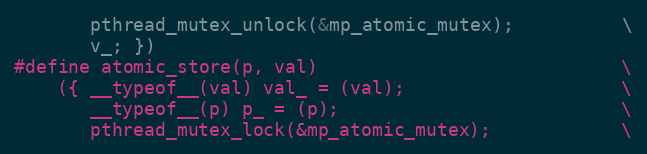
Language: C
       pthread_mutex_unlock(&mp_atomic_mutex);          \
       v_; })
#define atomic_store(p, val)                            \
    ({ __typeof__(val) val_ = (val);                    \
       __typeof__(p) p_ = (p);                          \
       pthread_mutex_lock(&mp_atomic_mutex);            \